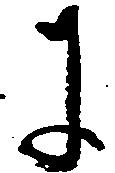
に